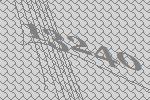
13240